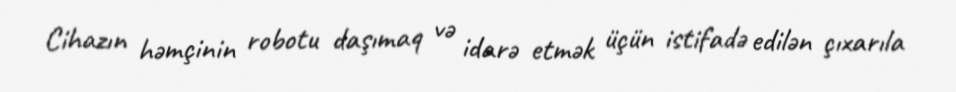
Cihazın həmçinin robotu daşımaq və idarə etmək üçün istifadə edilən çıxarıla